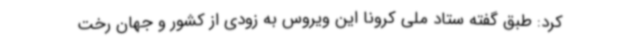
کرد: طبق گفته ستاد ملی کرونا این ویروس به زودی از کشور و جهان رخت